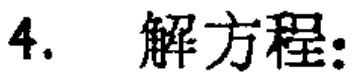
4. 解方程: